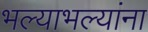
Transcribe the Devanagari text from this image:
भल्याभल्यांना